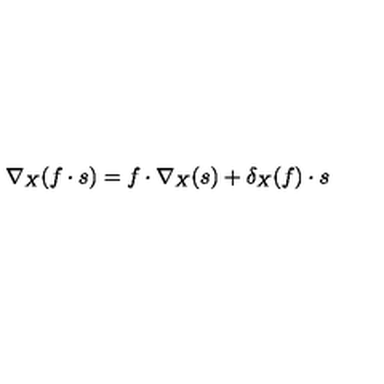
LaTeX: \nabla _ { X } ( f \cdot s ) = f \cdot \nabla _ { X } ( s ) + \delta _ { X } ( f ) \cdot s